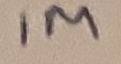
Text: 1M